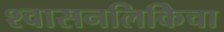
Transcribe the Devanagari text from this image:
श्वासनलिकिेचा